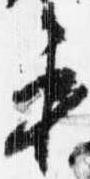
第